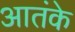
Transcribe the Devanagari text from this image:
आतंके